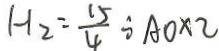
H _ { 2 } = \frac { 1 5 } { 4 } \div A O \times 2